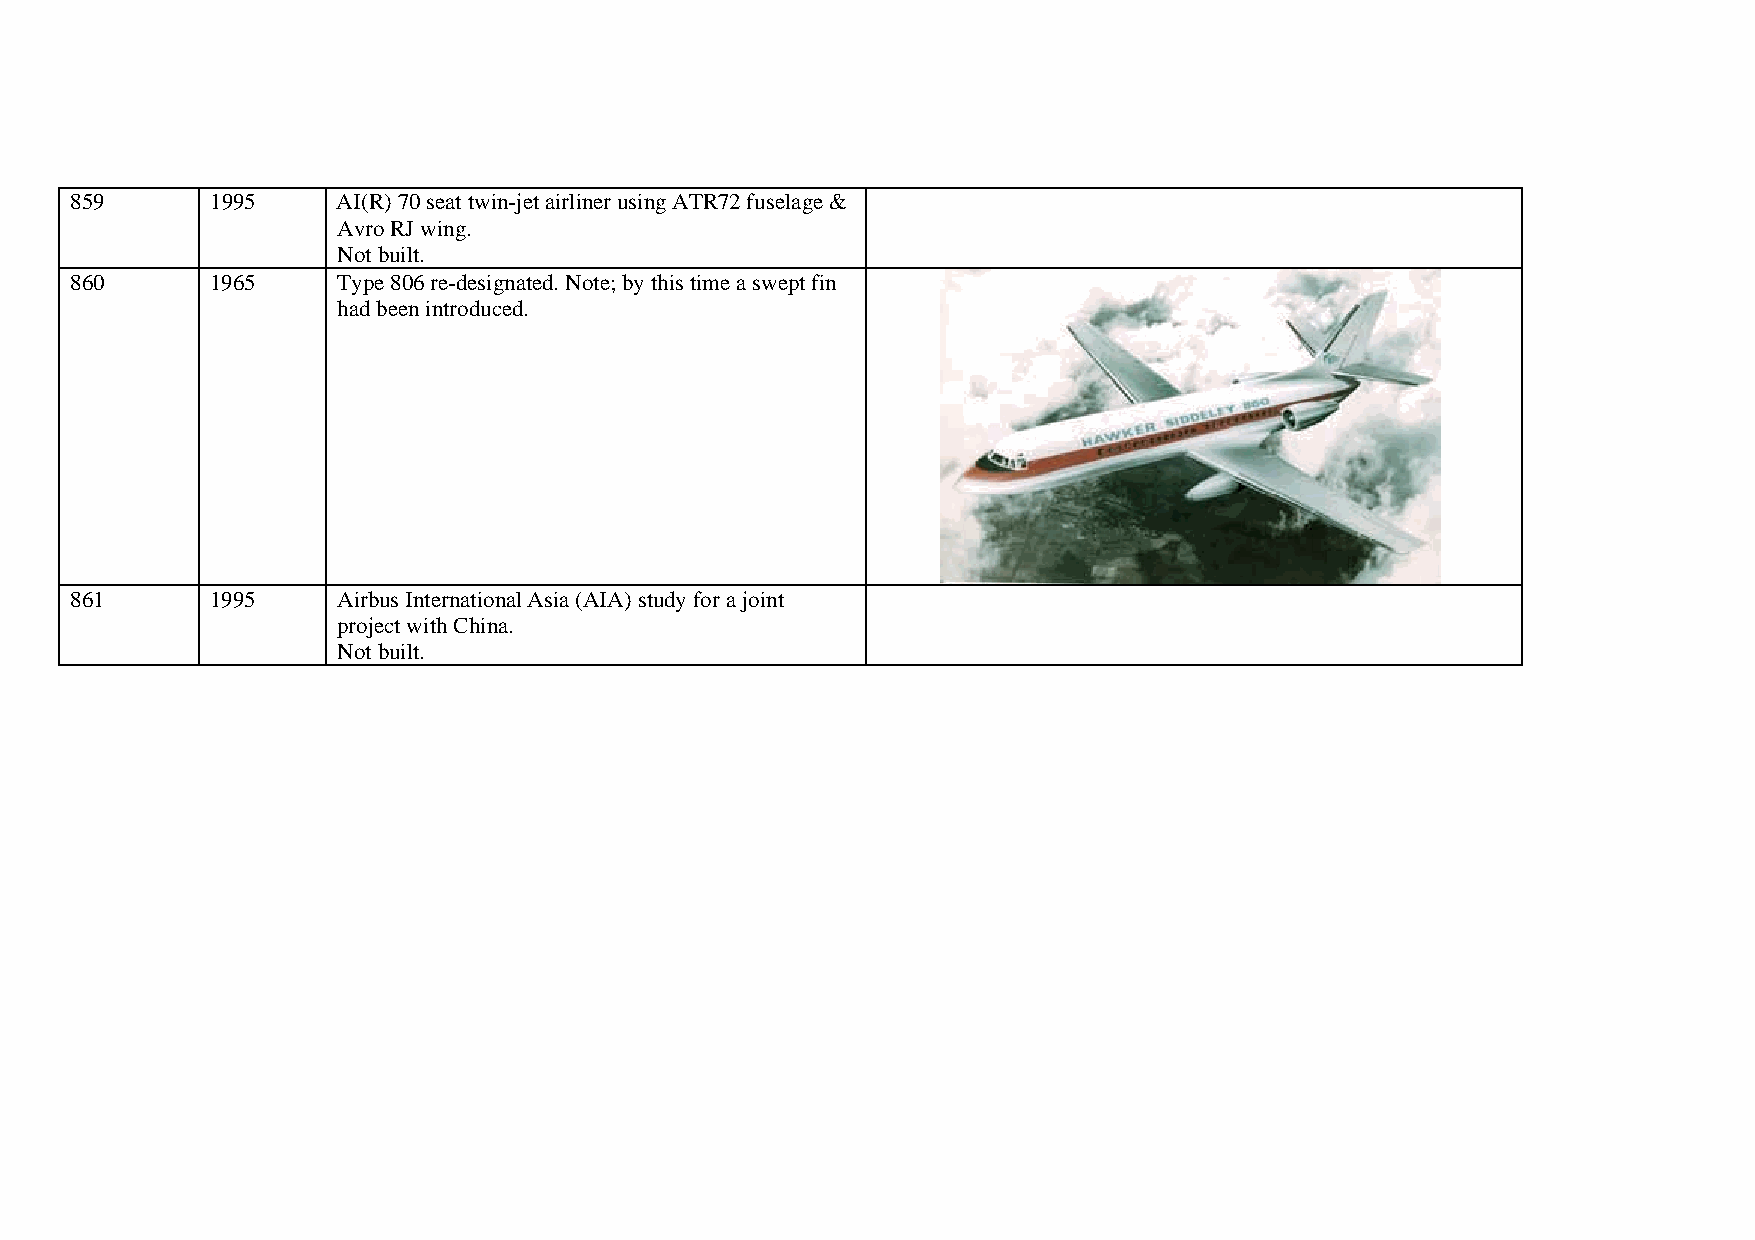
859      1995    AI(R) 70 seat twin-jet airliner using ATR72 fuselage &
 Avro RJ wing.
 Not built.
 860      1965    Type 806 re-designated. Note; by this time a swept fin
 had been introduced.
 861      1995    Airbus International Asia (AIA) study for a joint
 project with China.
 Not built.